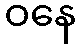
ဝနေ